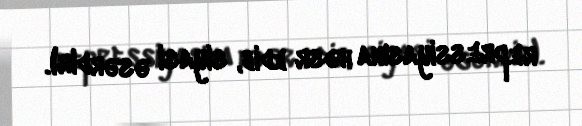
repressiyasına həsr edib, siyasi əsərdir).